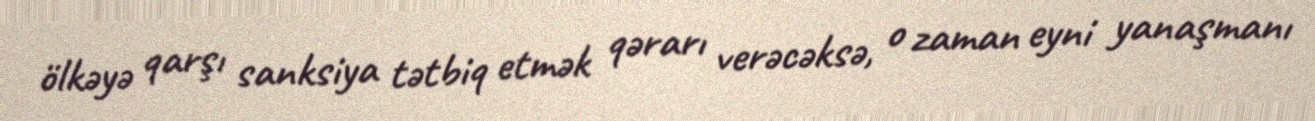
ölkəyə qarşı sanksiya tətbiq etmək qərarı verəcəksə, o zaman eyni yanaşmanı